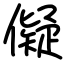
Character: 儗